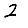
Digit: 2